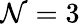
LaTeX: \mathcal{N}=3